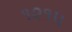
૧૨૧૫